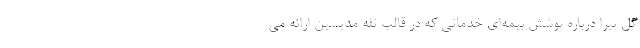
گل پیرا درباره پوشش بیمه‌ای خدماتی که در قالب تله مدیسین ارائه می